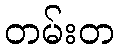
တမ်းတ